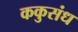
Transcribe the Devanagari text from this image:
ककुसंध